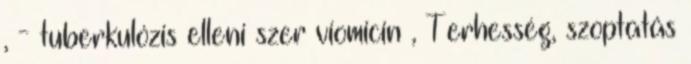
, - tuberkulózis elleni szer viomicin , Terhesség, szoptatás